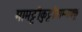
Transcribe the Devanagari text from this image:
मामट्टीकुट्टीयाम्माक्कू